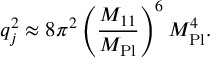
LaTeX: q _ { j } ^ { 2 } \approx 8 \pi ^ { 2 } \left( \frac { M _ { 1 1 } } { M _ { \mathrm { P l } } } \right) ^ { 6 } M _ { \mathrm { P l } } ^ { 4 } .